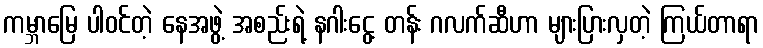
ကမ္ဘာမြေ ပါဝင်တဲ့ နေအဖွဲ့ အစည်းရဲ့ နဂါးငွေ့ တန်း ဂလက်ဆီဟာ များပြားလှတဲ့ ကြယ်တာရာ